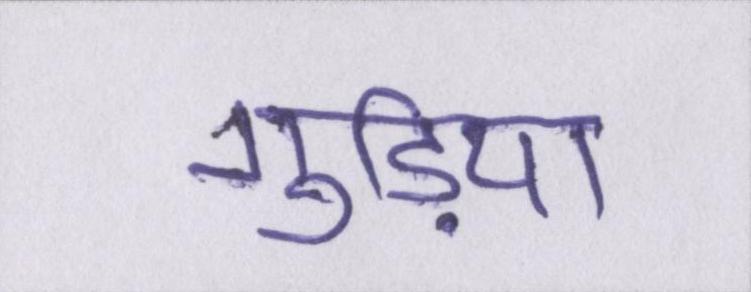
गुड़िया